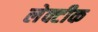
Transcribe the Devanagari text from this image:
लेक्टीक